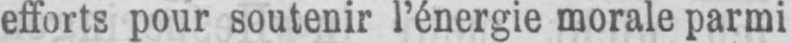
efforts pour soutenir l’énergie morale parmi